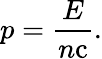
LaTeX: p={\frac{E}{n\mathrm{c}}}.